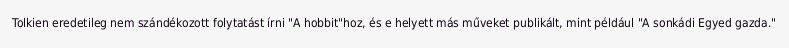
Tolkien eredetileg nem szándékozott folytatást írni "A hobbit"hoz, és e helyett más műveket publikált, mint például "A sonkádi Egyed gazda."